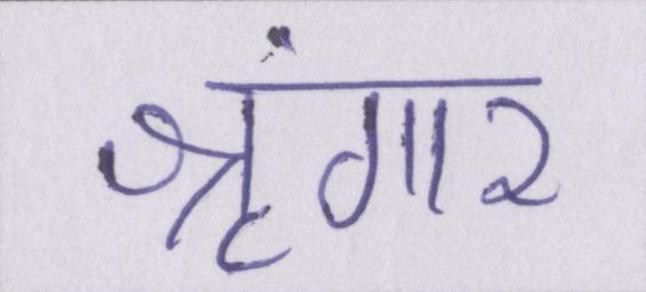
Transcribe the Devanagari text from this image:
श्रृंगार